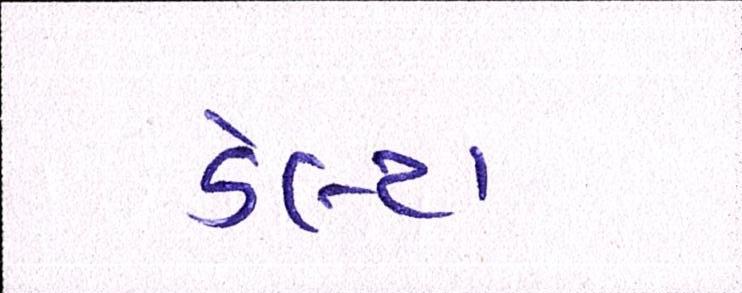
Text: ડેલ્ટા